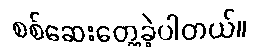
စစ်ဆေးတွေ့ခဲ့ပါတယ်။